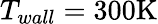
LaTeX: T_{wall}=300\mathrm{K}